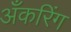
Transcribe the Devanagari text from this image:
अँकरिंग